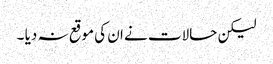
لیکن حالات نے ان کی موقع نہ دیا ۔